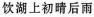
饮湖上初晴后雨